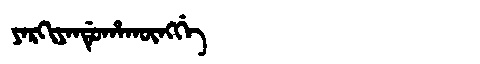
Manchu: ᠶᠠᡵᡴᡳᠶᠠᠨᡩᡠᡥᠠᡴᡡᠩᡤᡝ
Romanization: YARKIYANDUHAKŪNGGE